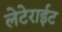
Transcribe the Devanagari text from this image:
लेटेराईट